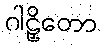
ဂါဠှိတော